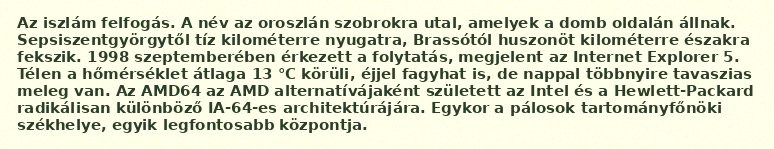
Az iszlám felfogás. A név az oroszlán szobrokra utal, amelyek a domb oldalán állnak. Sepsiszentgyörgytől tíz kilométerre nyugatra, Brassótól huszonöt kilométerre északra fekszik. 1998 szeptemberében érkezett a folytatás, megjelent az Internet Explorer 5. Télen a hőmérséklet átlaga 13 °C körüli, éjjel fagyhat is, de nappal többnyire tavaszias meleg van. Az AMD64 az AMD alternatívájaként született az Intel és a Hewlett-Packard radikálisan különböző IA-64-es architektúrájára. Egykor a pálosok tartományfőnöki székhelye, egyik legfontosabb központja.